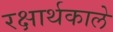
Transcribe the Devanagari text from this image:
रक्षार्थकाले